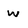
Character: w